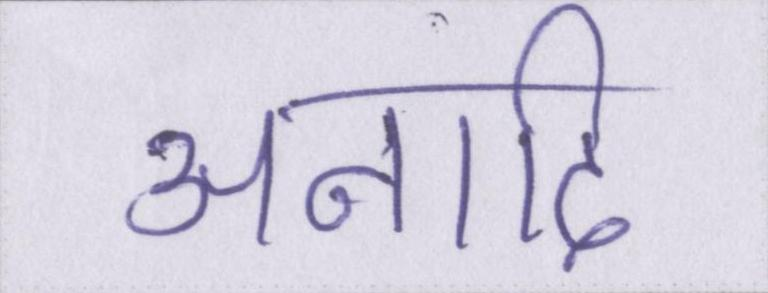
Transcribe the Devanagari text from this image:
अनादि